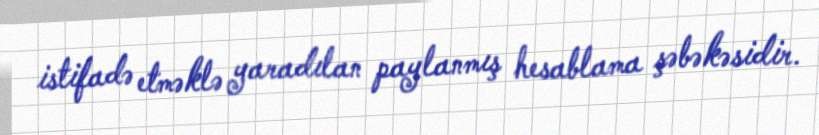
istifadə etməklə yaradılan paylanmış hesablama şəbəkəsidir.